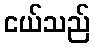
ငယ်သည်